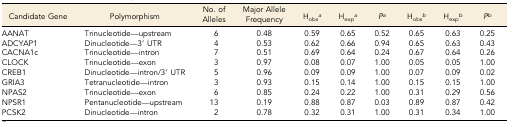
<table><thead><tr><td><b>Candidate Gene</b></td><td><b>Polymorphism</b></td><td><b>No. of Alleles</b></td><td><b>Major Allele Frequency</b></td><td><b>H<sub>obs</sub><i><sup>a</sup></i></b></td><td><b>H<sub>exp</sub><i><sup>a</sup></i></b></td><td><b><i>P</i><i><sup>a</sup></i></b></td><td><b>H<sub>obs</sub><i><sup>b</sup></i></b></td><td><b>H<sub>exp</sub><i><sup>b</sup></i></b></td><td><b><i>P</i><i><sup>b</sup></i></b></td></tr></thead><tbody><tr><td>AANAT</td><td>Trinucleotide—upstream</td><td>6</td><td>0.48</td><td>0.59</td><td>0.65</td><td>0.52</td><td>0.65</td><td>0.63</td><td>0.25</td></tr><tr><td>ADCYAP1</td><td>Dinucleotide—3′ UTR</td><td>4</td><td>0.53</td><td>0.62</td><td>0.66</td><td>0.94</td><td>0.65</td><td>0.63</td><td>0.43</td></tr><tr><td>CACNA1c</td><td>Trinucleotide—intron</td><td>7</td><td>0.51</td><td>0.69</td><td>0.64</td><td>0.24</td><td>0.67</td><td>0.64</td><td>0.26</td></tr><tr><td>CLOCK</td><td>Trinucleotide—exon</td><td>3</td><td>0.97</td><td>0.08</td><td>0.07</td><td>1.00</td><td>0.05</td><td>0.05</td><td>1.00</td></tr><tr><td>CREB1</td><td>Dinucleotide—intron/3′ UTR</td><td>5</td><td>0.96</td><td>0.09</td><td>0.09</td><td>1.00</td><td>0.07</td><td>0.09</td><td>0.02</td></tr><tr><td>GRIA3</td><td>Tetranucleotide—intron</td><td>3</td><td>0.93</td><td>0.15</td><td>0.14</td><td>1.00</td><td>0.15</td><td>0.15</td><td>1.00</td></tr><tr><td>NPAS2</td><td>Trinucleotide—exon</td><td>6</td><td>0.85</td><td>0.24</td><td>0.22</td><td>1.00</td><td>0.31</td><td>0.29</td><td>0.56</td></tr><tr><td>NPSR1</td><td>Pentanucleotide—upstream</td><td>13</td><td>0.19</td><td>0.88</td><td>0.87</td><td>0.03</td><td>0.89</td><td>0.87</td><td>0.42</td></tr><tr><td>PCSK2</td><td>Dinucleotide—intron</td><td>2</td><td>0.78</td><td>0.32</td><td>0.31</td><td>1.00</td><td>0.31</td><td>0.34</td><td>1.00</td></tr></tbody></table>